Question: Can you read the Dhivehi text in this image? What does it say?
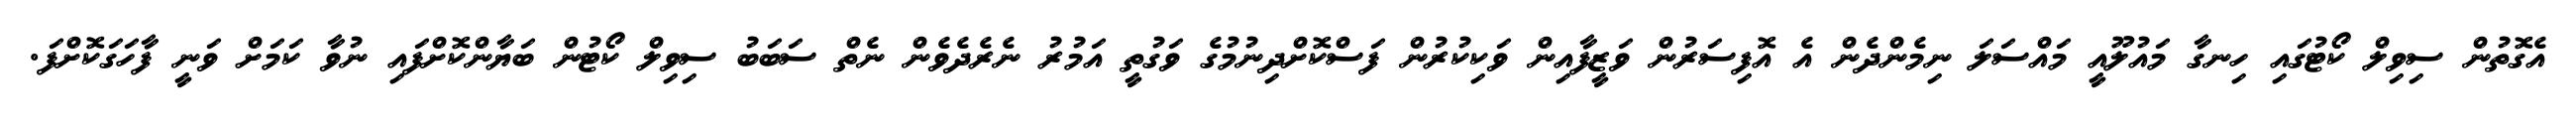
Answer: އެގޮތުން ސިވިލް ކޯޓުގައި ހިނގާ މައުލޫއީ މައްސަލަ ނިމެންދެން އެ އޮފިސަރުން ވަޒީފާއިން ވަކިކުރުން ފަސްކޮށްދިނުމުގެ ވަގުތީ އަމުރު ނެރެދެވެން ނެތް ސަބަބު ސިވިލް ކޯޓުން ބަޔާންކޮށްފައި ނުވާ ކަމަށް ވަނީ ފާހަގަކޮށްފަ.